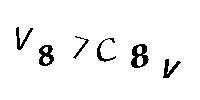
V87C8V